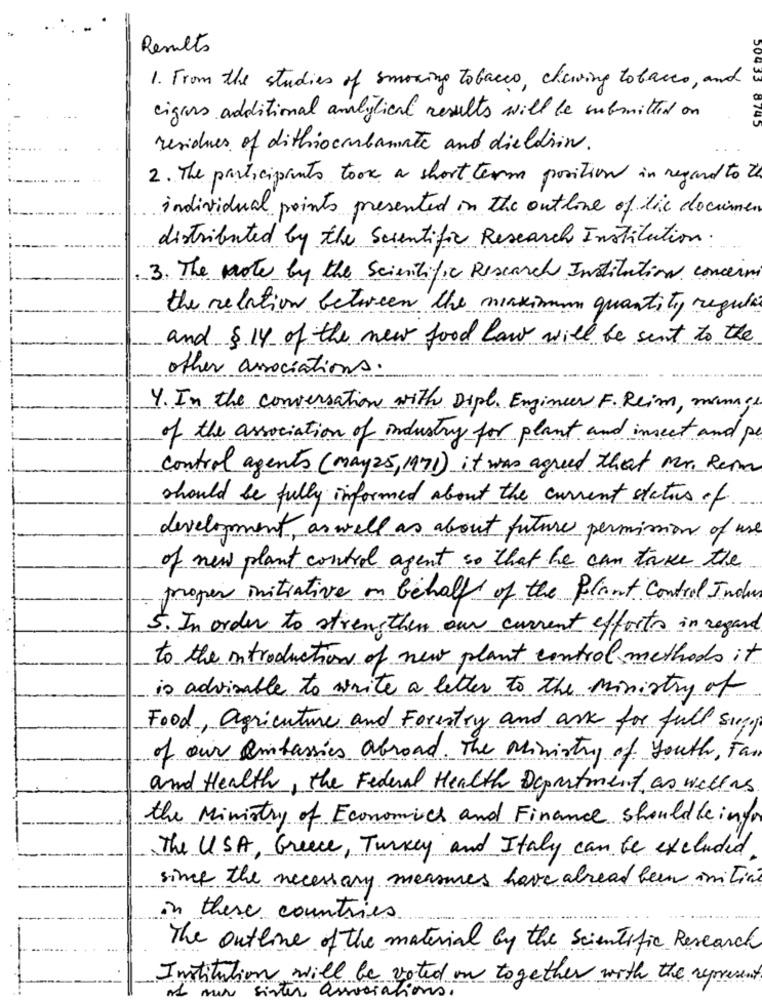
Results
1. From the studies of smoking tobacco, chewing tobacco, and
cigars additional analytical results will be submitted on
8745
residues of dithiocubamate and dieldrin.
2. The participants took a short term position in regard to th
individual points presented in the outline of lik documen
distributed by the Scientific Research Institution.
3. The note by the Scientific Research Institution concerni
the relation between the maximum quantity regula
and $ 14 of the new food law will be sent to the
other associations.
4. In the conversation with Dipl. Engineer F. Reim, manage
of the association of industry for plant and insect and pe
control agents (may25, 1971) it was agreed that Mr. Rema
should be fully informed about the current status of
development, as well as about future permission of use
of new plant control agent so that he can take the
proper initiative on behalf of the Plant Control Indus
5. In order to strengthen our current efforts in regard
to the introduction of new plant control methods it
is advisable to write a letter to the ministry of
Food, agriculture and Forestry and ask for full supp
of our embassies abroad. The Ministry of Youth, Fan
and Health, the Federal Health Department , as well as
the Ministry of Economics and Finance shouldleinfor
The USA, Greece, Turkey and Italy can be excluded
since the necessary measures have abread been initial
in these countries
The outline of the material by the Scientific Research
Institution will be voted on together with the represent
nur sister associations